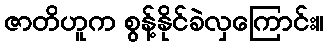
ဇာတိဟူက စွန့်နိုင်ခဲလှကြောင်း။